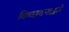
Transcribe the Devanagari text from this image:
विच्छदनाद्वारे